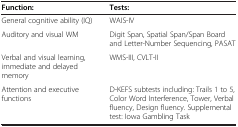
| Function: | Tests: |
 | --- | --- |
 | General cognitive ability (IQ) | WAIS-IV |
 | Auditory and visual WM | Digit Span, Spatial Span/Span Board and Letter-Number Sequencing, PASAT |
 | Verbal and visual learning, immediate and delayed memory | WMS-III, CVLT-II |
 | Attention and executive functions | D-KEFS subtests including: Trails 1 to 5, Color Word Interference, Tower, Verbal fluency, Design fluency. Supplemental test: Iowa Gambling Task |